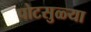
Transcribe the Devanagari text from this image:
पोटसुळ्या